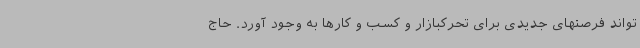
تواند فرصتهای جدیدی برای تحرکبازار و کسب و کارها به وجود آورد. حاج